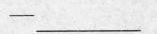
-__